Civil Veterinary Dept. Assam report 1911-1927 - 1911-1927
Year: 1911
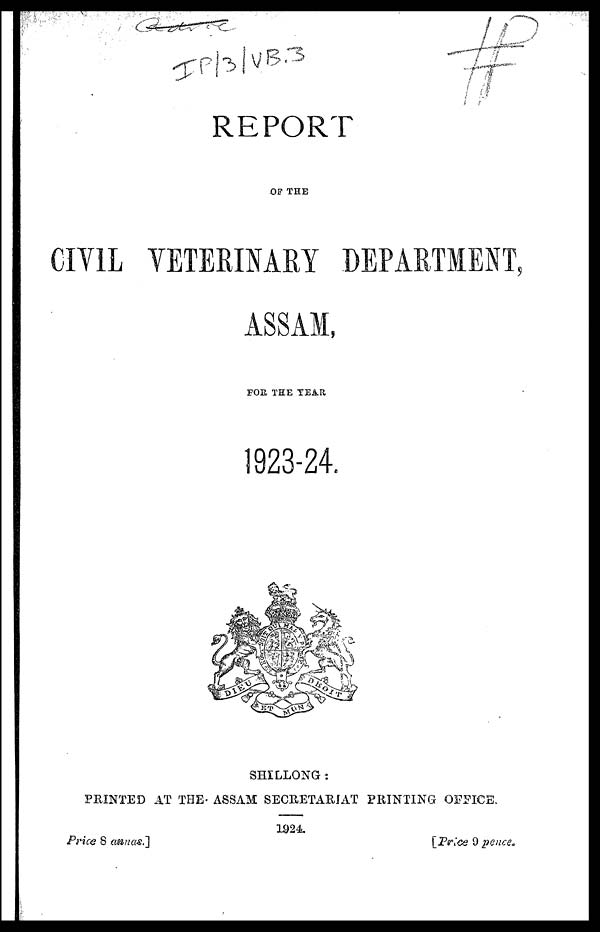
REPORT
OF THE
CIVIL VETERINARY DEPARTMENT,
ASSAM,
FOR THE YEAR
SHILLONG:
PRINTED AT THE ASSAM SECRETARIAT PRINTING OFFICE.
1924.
Price 8
assnas.]
[Price
9 pence.